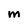
Character: M